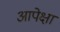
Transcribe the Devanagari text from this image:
आपेक्षा